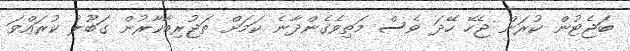
ބަޖެޓުން ކުރަން ޖެހޭ ހޭދަ ވެސް މަތިވެގެންދާނެ ކަމަށް ތަޖުރިބާކާރުން ގަބޫލު ކުރައްވަ